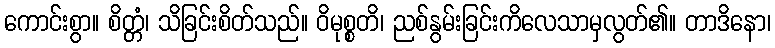
ကောင်းစွာ။ စိတ္တံ၊ သိခြင်းစိတ်သည်။ ဝိမုစ္စတိ၊ ညစ်နွမ်းခြင်းကိလေသာမှလွတ်၏။ တာဒိနော၊